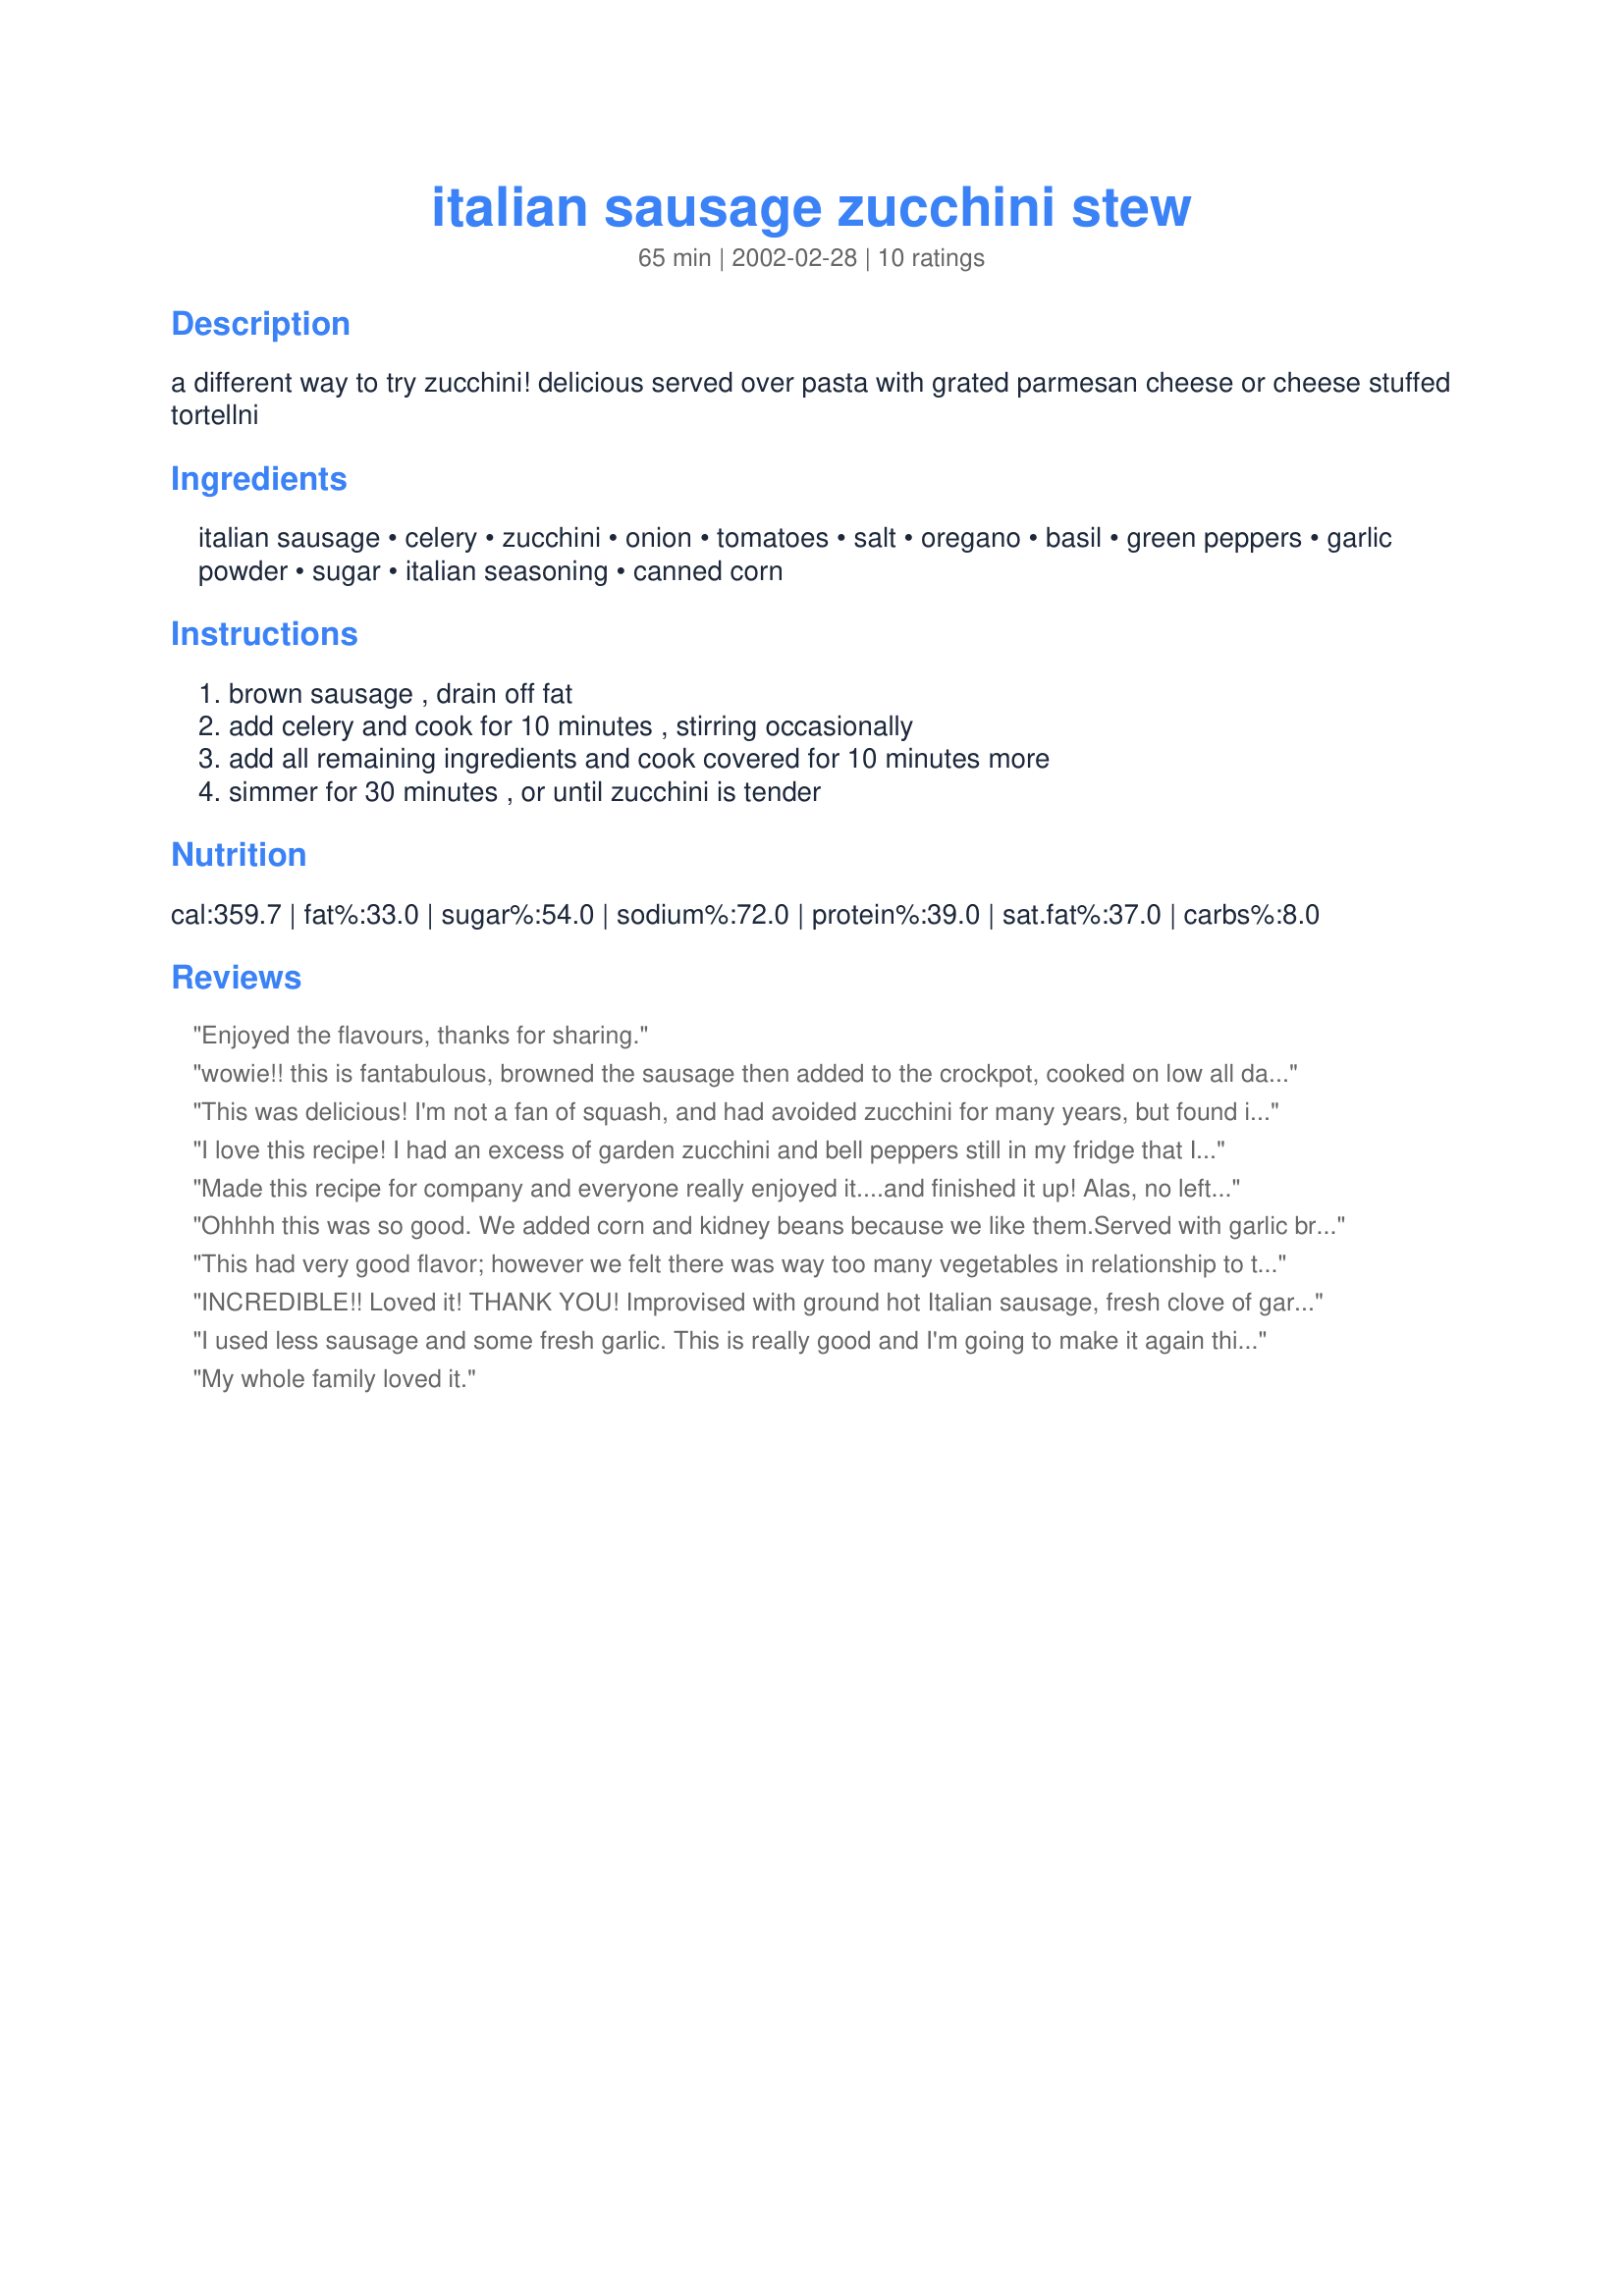
italian sausage zucchini stew
Preparation time: 65 minutes

a different way to try zucchini! delicious served over pasta with grated parmesan cheese or cheese stuffed tortellni

Ingredients:
italian sausage, celery, zucchini, onion, tomatoes, salt, oregano, basil, green peppers, garlic powder, sugar, italian seasoning, canned corn

Steps:
brown sausage , drain off fat, add celery and cook for 10 minutes , stirring occasionally, add all remaining ingredients and cook covered for 10 minutes more, simmer for 30 minutes , or until zucchini is tender

Reviews:
Enjoyed the flavours, thanks for sharing.
wowie!! this is fantabulous, browned the sausage then added to the crockpot, cooked on low all day when we came home the house smelled yummy we ate it up....ended very happy sure hope the neigbors send over more zucchinis
This was delicious! I'm not a fan of squash, and had avoided zucchini for many years, but found it to be quite pleasant tasting served this way. I added some fennel seeds to complement the Italian sausage. Next time I'll try it served over cheese tortellini. Thanks for the great recipe.
I love this recipe! I had an excess of garden zucchini and bell peppers still in my fridge that I wanted to use up, and with a few minor amount adjustments and 2 added jalapeno peppers, this recipe just filled the bill perfectly! thanks for sharing hon!...Kitten:)
Made this recipe for company and everyone really enjoyed it....and finished it up! Alas, no leftovers. Followed the recipe exactly and served it over whole wheat fettuccini. Would only add crushed black pepper to taste the next time. I will definitely make this again and again.
Ohhhh this was so good. We added corn and kidney beans because we like them.Served with garlic bread was filling and tasted even better the next day.We will definetly make this again.Thanks
This had very good flavor; however we felt there was way too many vegetables in relationship to the amount of meat.
INCREDIBLE!! Loved it! THANK YOU!
Improvised with ground hot Italian sausage, fresh clove of garlic (minced) and about 5 leaves each of fresh basil and oregano (finely chopped). Also left out the sugar. Will probably leave out the salt next too time unless I try it with the ground beef.
I used less sausage and some fresh garlic. This is really good and I'm going to make it again this summer!
My whole family loved it.
